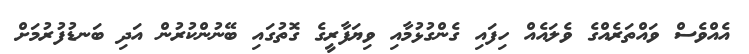
އެއްވެސް ވައްތަރެއްގެ ވެލައެއް ހިފައި ގެންގުޅުމާއި ވިޔަފާރީގެ ގޮތުގައި ބޭނުންކުރުން އަދި ބަނޑުފުރުމަށް